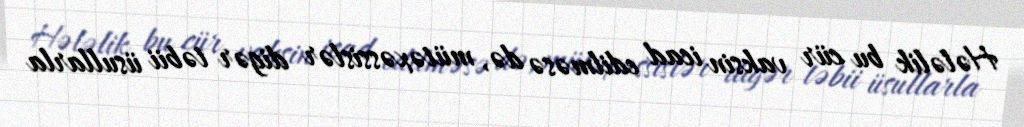
Hələlik bu cür vaksin icad edilməsə də, mütəxəssislər digər təbii üsullarla